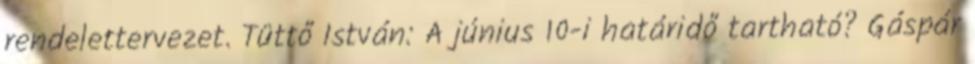
rendelettervezet. Tüttő István: A június 10-i határidő tartható? Gáspár